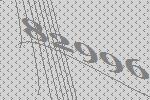
82996